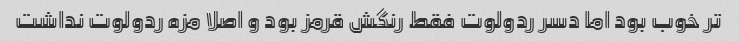
تر خوب بود اما دسر ردولوت فقط رنگش قرمز بود و اصلا مزه ردولوت نداشت